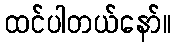
ထင်ပါတယ်နော်။